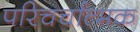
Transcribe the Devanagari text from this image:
परिचर्चात्मक